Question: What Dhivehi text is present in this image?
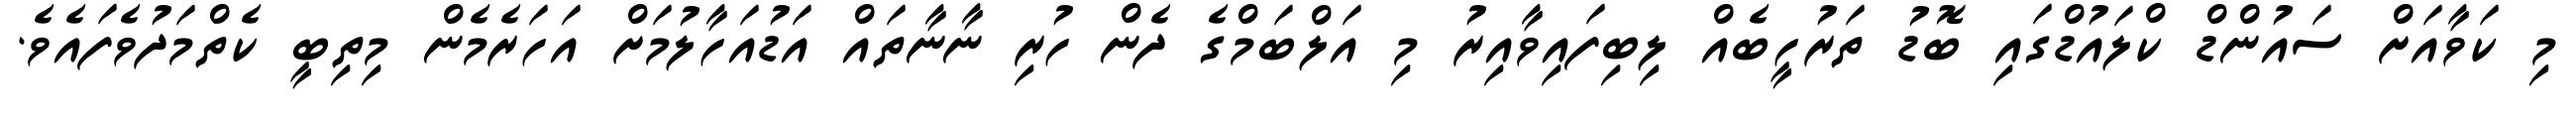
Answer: މި ކަވާއަށް ސައުންޑް ކްލައުޑްގައި ބޮޑު ތަރުހީބެއް ލިބިފައިވާއިރު މި އަލްބަމްގެ ދެން ހުރި ނާނާތައް އަޑުއަހާލުމަށް އަހަރެމެން މިތިބީ ކެތްމަދުވެފައެވެ.